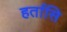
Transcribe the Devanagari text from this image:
हर्तासि